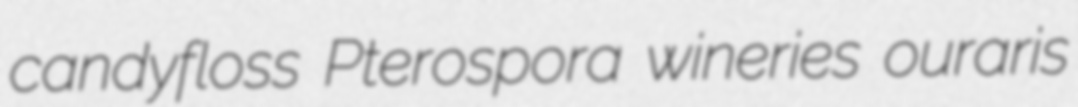
candyfloss Pterospora wineries ouraris